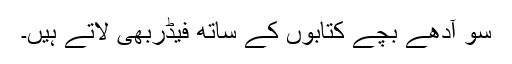
سو آدھے بچے کتابوں کے ساتھ فیڈربھی لاتے ہیں۔